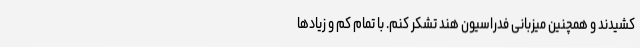
کشیدند و همچنین میزبانی فدراسیون هند تشکر کنم. با تمام کم و زیاد‌ها